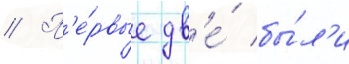
// П'е́рвые дв'е́ бы́л'и